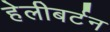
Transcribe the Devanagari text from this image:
हेलीबर्टन